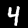
Label: 4